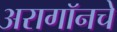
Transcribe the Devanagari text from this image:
अरागॉनचे